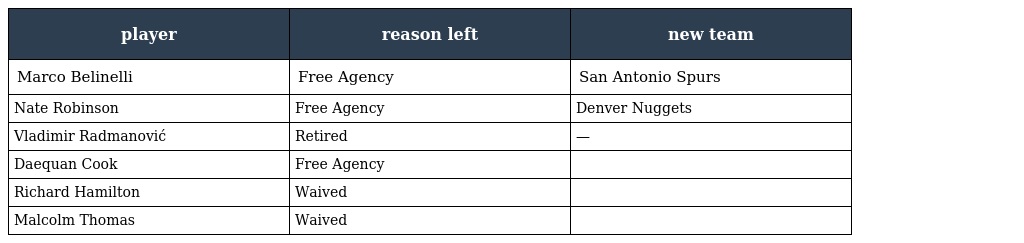
| player | reason left | new team |
 | --- | --- | --- |
 | Marco Belinelli | Free Agency | San Antonio Spurs |
 | Nate Robinson | Free Agency | Denver Nuggets |
 | Vladimir Radmanović | Retired | — |
 | Daequan Cook | Free Agency |  |
 | Richard Hamilton | Waived |  |
 | Malcolm Thomas | Waived |  |